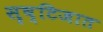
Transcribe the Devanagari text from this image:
सृष्टिजात